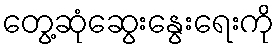
တွေ့ဆုံဆွေးနွေးရေးကို